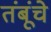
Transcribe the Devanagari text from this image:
तंबूंचे